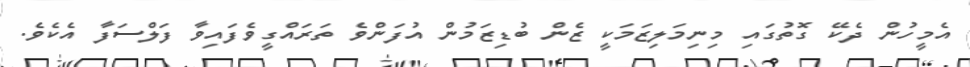
އެމީހުން ދެކޭ ގޮތުގައި މިނިމަލިޒަމަކީ ޒެން ބުޑިޒަމުން އުފަންވެ ތަރައްގީވެފައިވާ ފަލްސަފާ އެކެވެ.